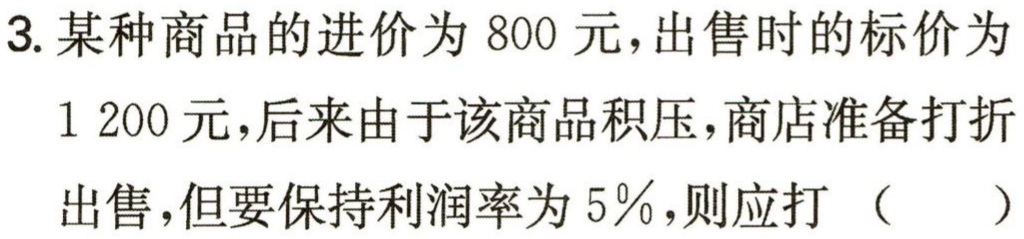
3. 某种商品的进价为800元，出售时的标价为1 200元，后来由于该商品积压，商店准备打折出售，但要保持利润率为5％，则应打（  ）